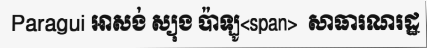
Paragui អាសង់ ស្យុង ប៉ាឡូ<span>  សាធារណរដ្ឋ